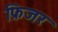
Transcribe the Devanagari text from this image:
फ्रिजर